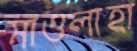
মাওলাহা